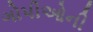
ગોપીઓની